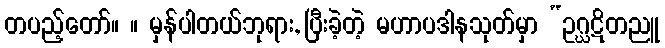
တပည့်တော်။ ။ မှန်ပါတယ်ဘုရား, ပြီးခဲ့တဲ့ မဟာပဒါနသုတ်မှာ “ဥဂ္ဃဋိတညူ